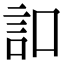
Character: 𧥣